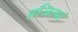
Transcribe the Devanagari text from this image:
प्रजित्यां